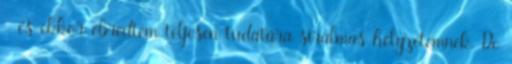
- és ekkor ébredtem teljesen tudatára siralmas helyzetemnek. De